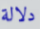
دلالة